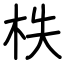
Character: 柣